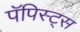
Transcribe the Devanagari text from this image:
पॅपिस्ट्स